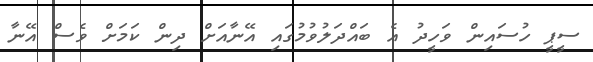
ސީޕީ ހުސައިން ވަހީދު އެ ބައްދަލުވުމުގައި އޭނާއަށް ދިން ކަމަށް ވެސް އޭނާ